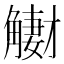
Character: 𧤳